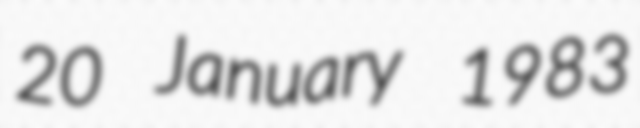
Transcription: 20 January 1983